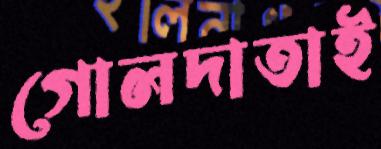
গোলদাতাই